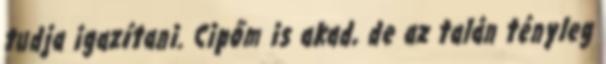
tudja igazítani. Cipőm is akad, de az talán tényleg